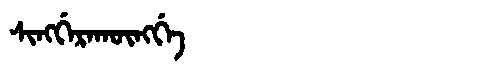
Manchu: ᠰᡳᠩᡤᡝᡵᠠᡴᡡᠩᡤᡝ
Romanization: SINGGERAKŪNGGE